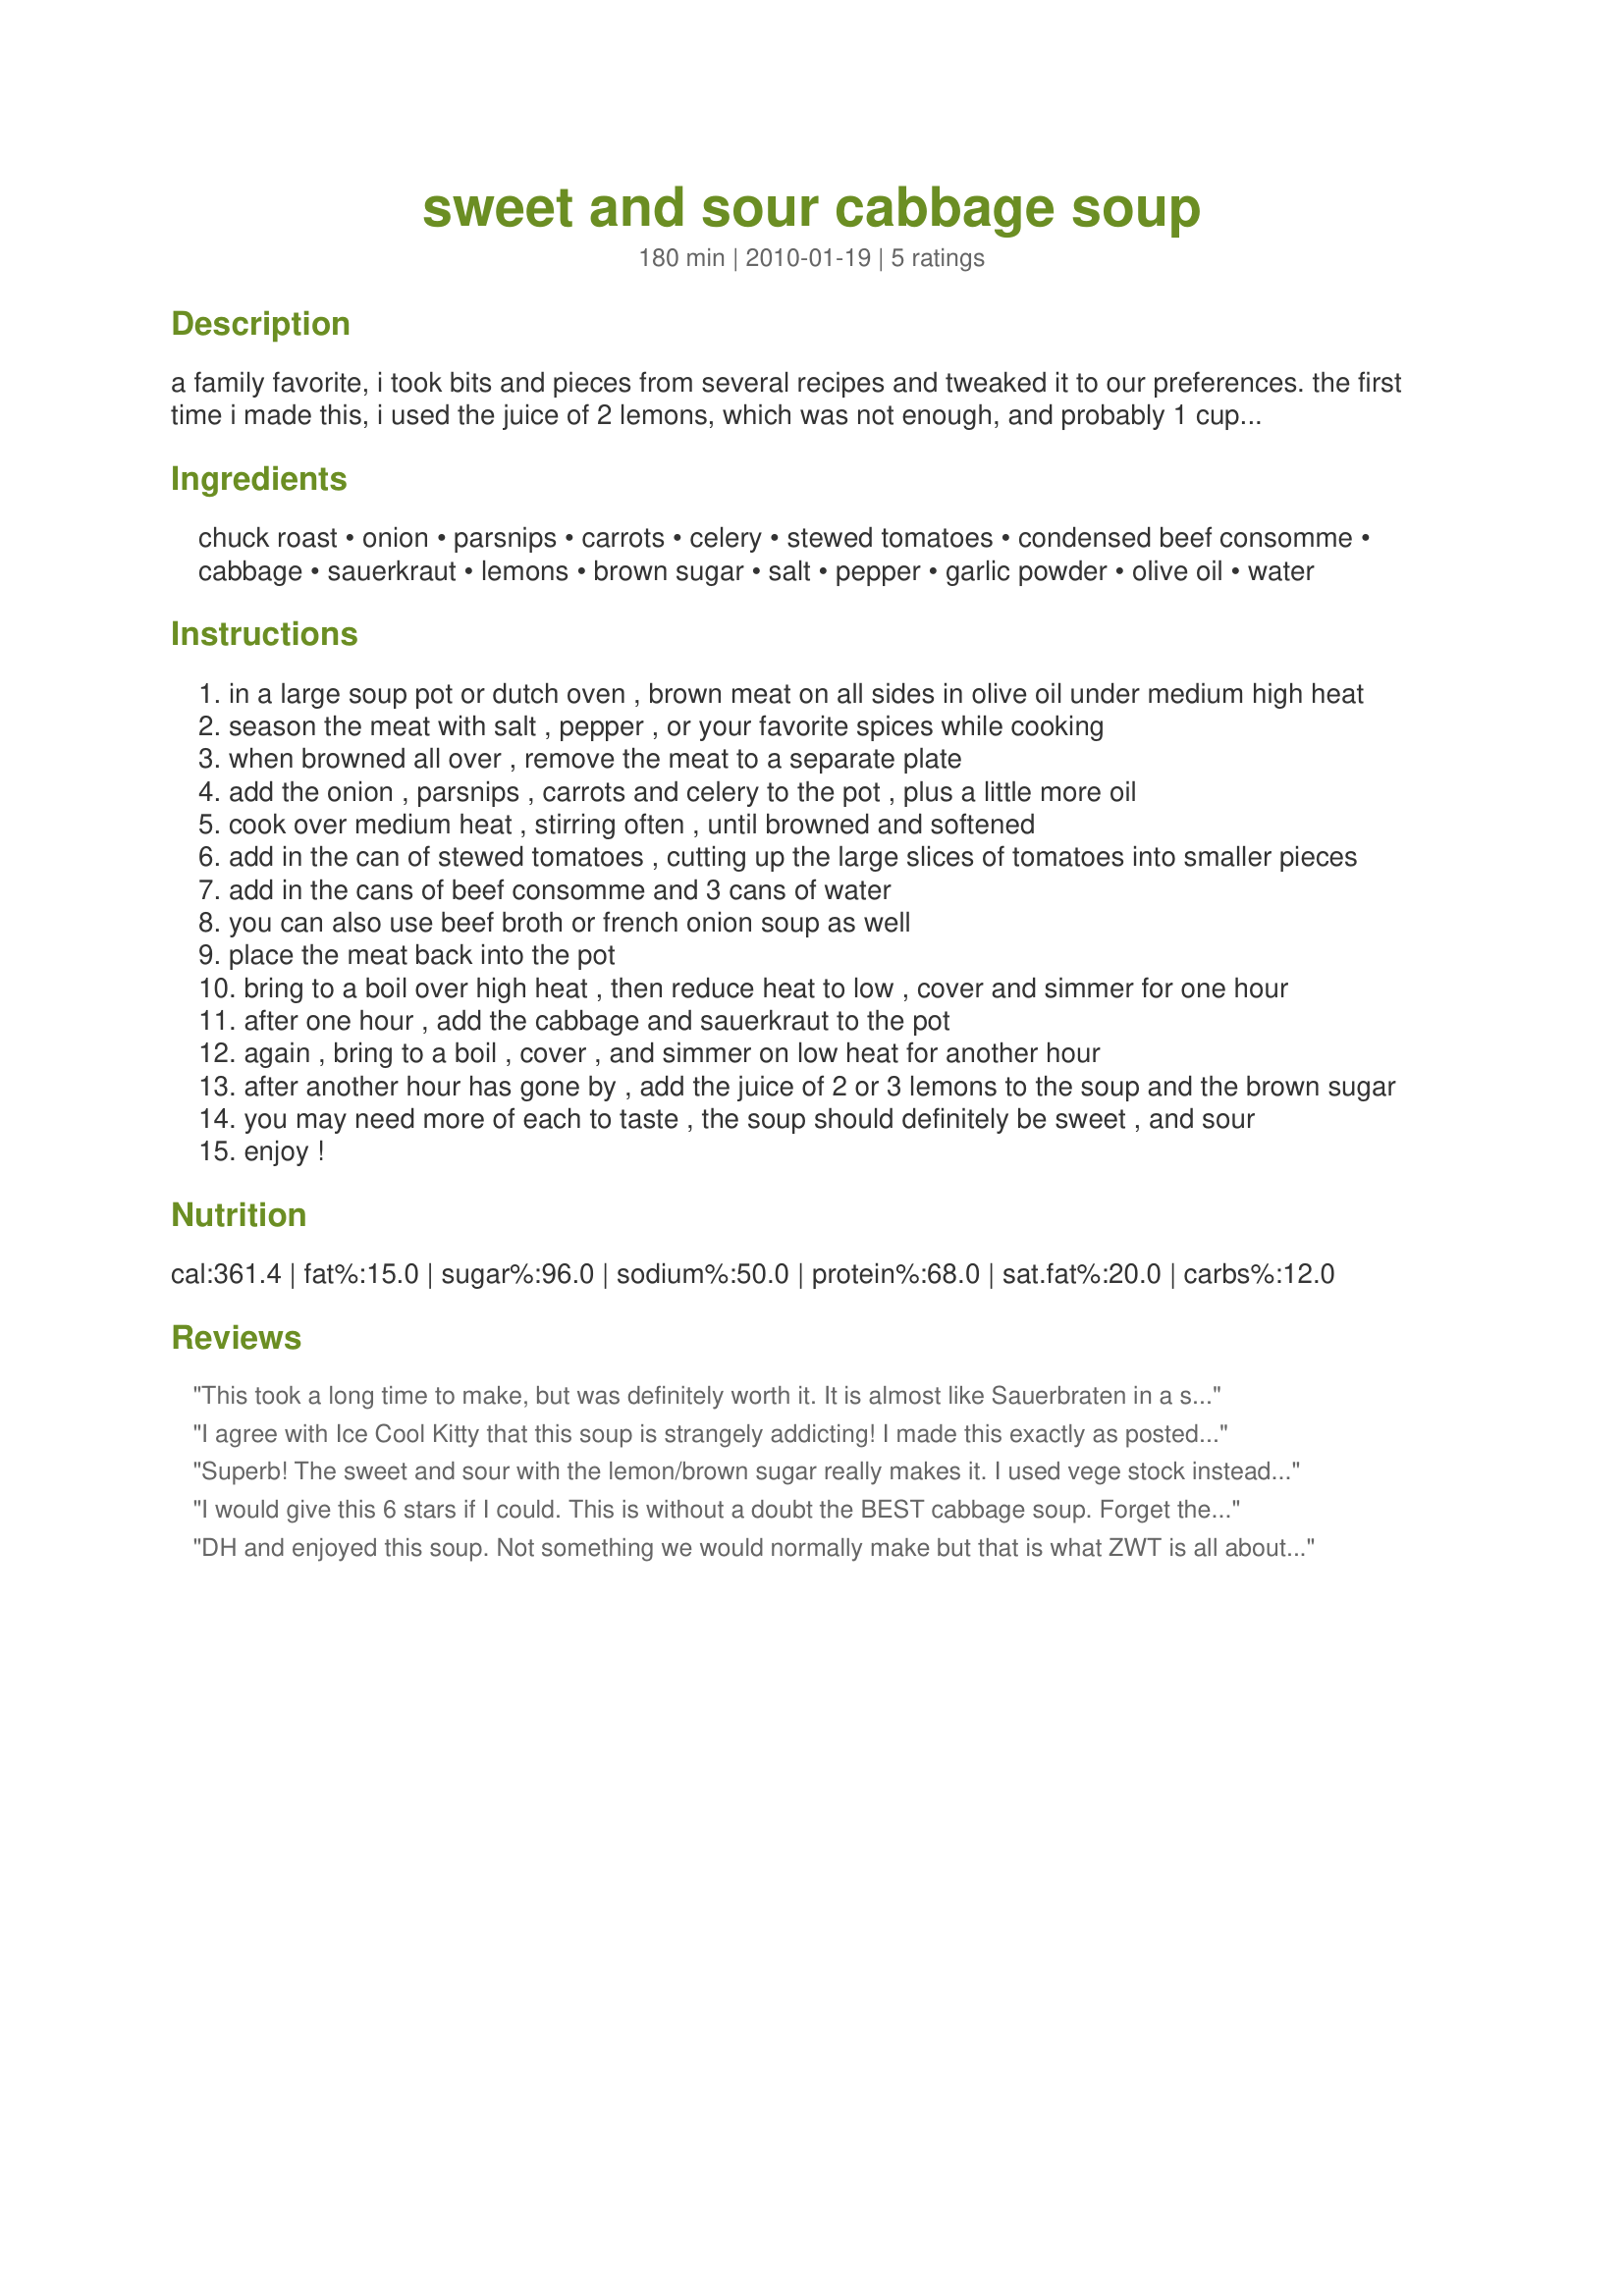
sweet and sour cabbage soup
Preparation time: 180 minutes

a family favorite, i took bits and pieces from several recipes and tweaked it to our preferences. the first time i made this, i used the juice of 2 lemons, which was not enough, and probably 1 cup of brown sugar or a bit more, which was about right. in addition to the lemon juice, i added a bit of cider vinegar as well - the soup needed more of a sour taste. turned out great!

Ingredients:
chuck roast, onion, parsnips, carrots, celery, stewed tomatoes, condensed beef consomme, cabbage, sauerkraut, lemons, brown sugar, salt, pepper, garlic powder, olive oil, water

Steps:
in a large soup pot or dutch oven , brown meat on all sides in olive oil under medium high heat
season the meat with salt , pepper , or your favorite spices while cooking
when browned all over , remove the meat to a separate plate
add the onion , parsnips , carrots and celery to the pot , plus a little more oil
cook over medium heat , stirring often , until browned and softened
add in the can of stewed tomatoes , cutting up the large slices of tomatoes into smaller pieces
add in the cans of beef consomme and 3 cans of water
you can also use beef broth or french onion soup as well
place the meat back into the pot
bring to a boil over high heat , then reduce heat to low , cover and simmer for one hour
after one hour , add the cabbage and sauerkraut to the pot
again , bring to a boil , cover , and simmer on low heat for another hour
after another hour has gone by , add the juice of 2 or 3 lemons to the soup and the brown sugar
you may need more of each to taste , the soup should definitely be sweet , and sour
enjoy !

Reviews:
This took a long time to make, but was definitely worth it. It is almost like Sauerbraten in a soup bowl. It is sort of addicting. Made for ZWT #6 - ZINGO.
I agree with Ice Cool Kitty that this soup is strangely addicting! I made this exactly as posted, using beef short ribs (as I think they pack a lot of flavor) and Savoy cabbage. I used the juice of 2 large lemons and 2/3 cup brown sugar (not packed tightly). The soup was seasoned perfectly, and was worth the long cooking time. When the soup had cooled a little, I removed the short ribs, discarding the bones, and dicing the meat before adding it back in. The sweet/sour ratio was perfect for me. All I know is, I keep finding myself dipping back into the pot for another spoonful. Like I said, strangely addicting! Made for ZWT7.
Superb! The sweet and sour with the lemon/brown sugar really makes it. I used vege stock instead of beef consomme and elk burger instead of steak. I halved the recipe using savoy cabbage because it's smaller and it still made enough for four people. I also added one half cup of pearl barley. Thanks for posting!
I would give this 6 stars if I could. This is without a doubt the BEST cabbage soup. Forget the pictures and just enjoy the soup. Freezes perfect. I gave it as gifts to people with the flu and they raved and raved. I never rate, but this is outstanding.
DH and enjoyed this soup. Not something we would normally make but that is what ZWT is all about! I added cider vinegar like you suggested because it was a bit on the sweet side for us and needed some more zing. Thanks for taking us on a new taste experience!
